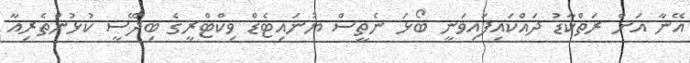
އޭނާ އަށް ރަތްކާޑު ދައްކައިފައިވަނީ ބޯޅަ ނެތީސް ޔުނައިޓެޑް ވިކްޓްރީގެ ބިދޭސީ ކުޅުންތެރިއާ